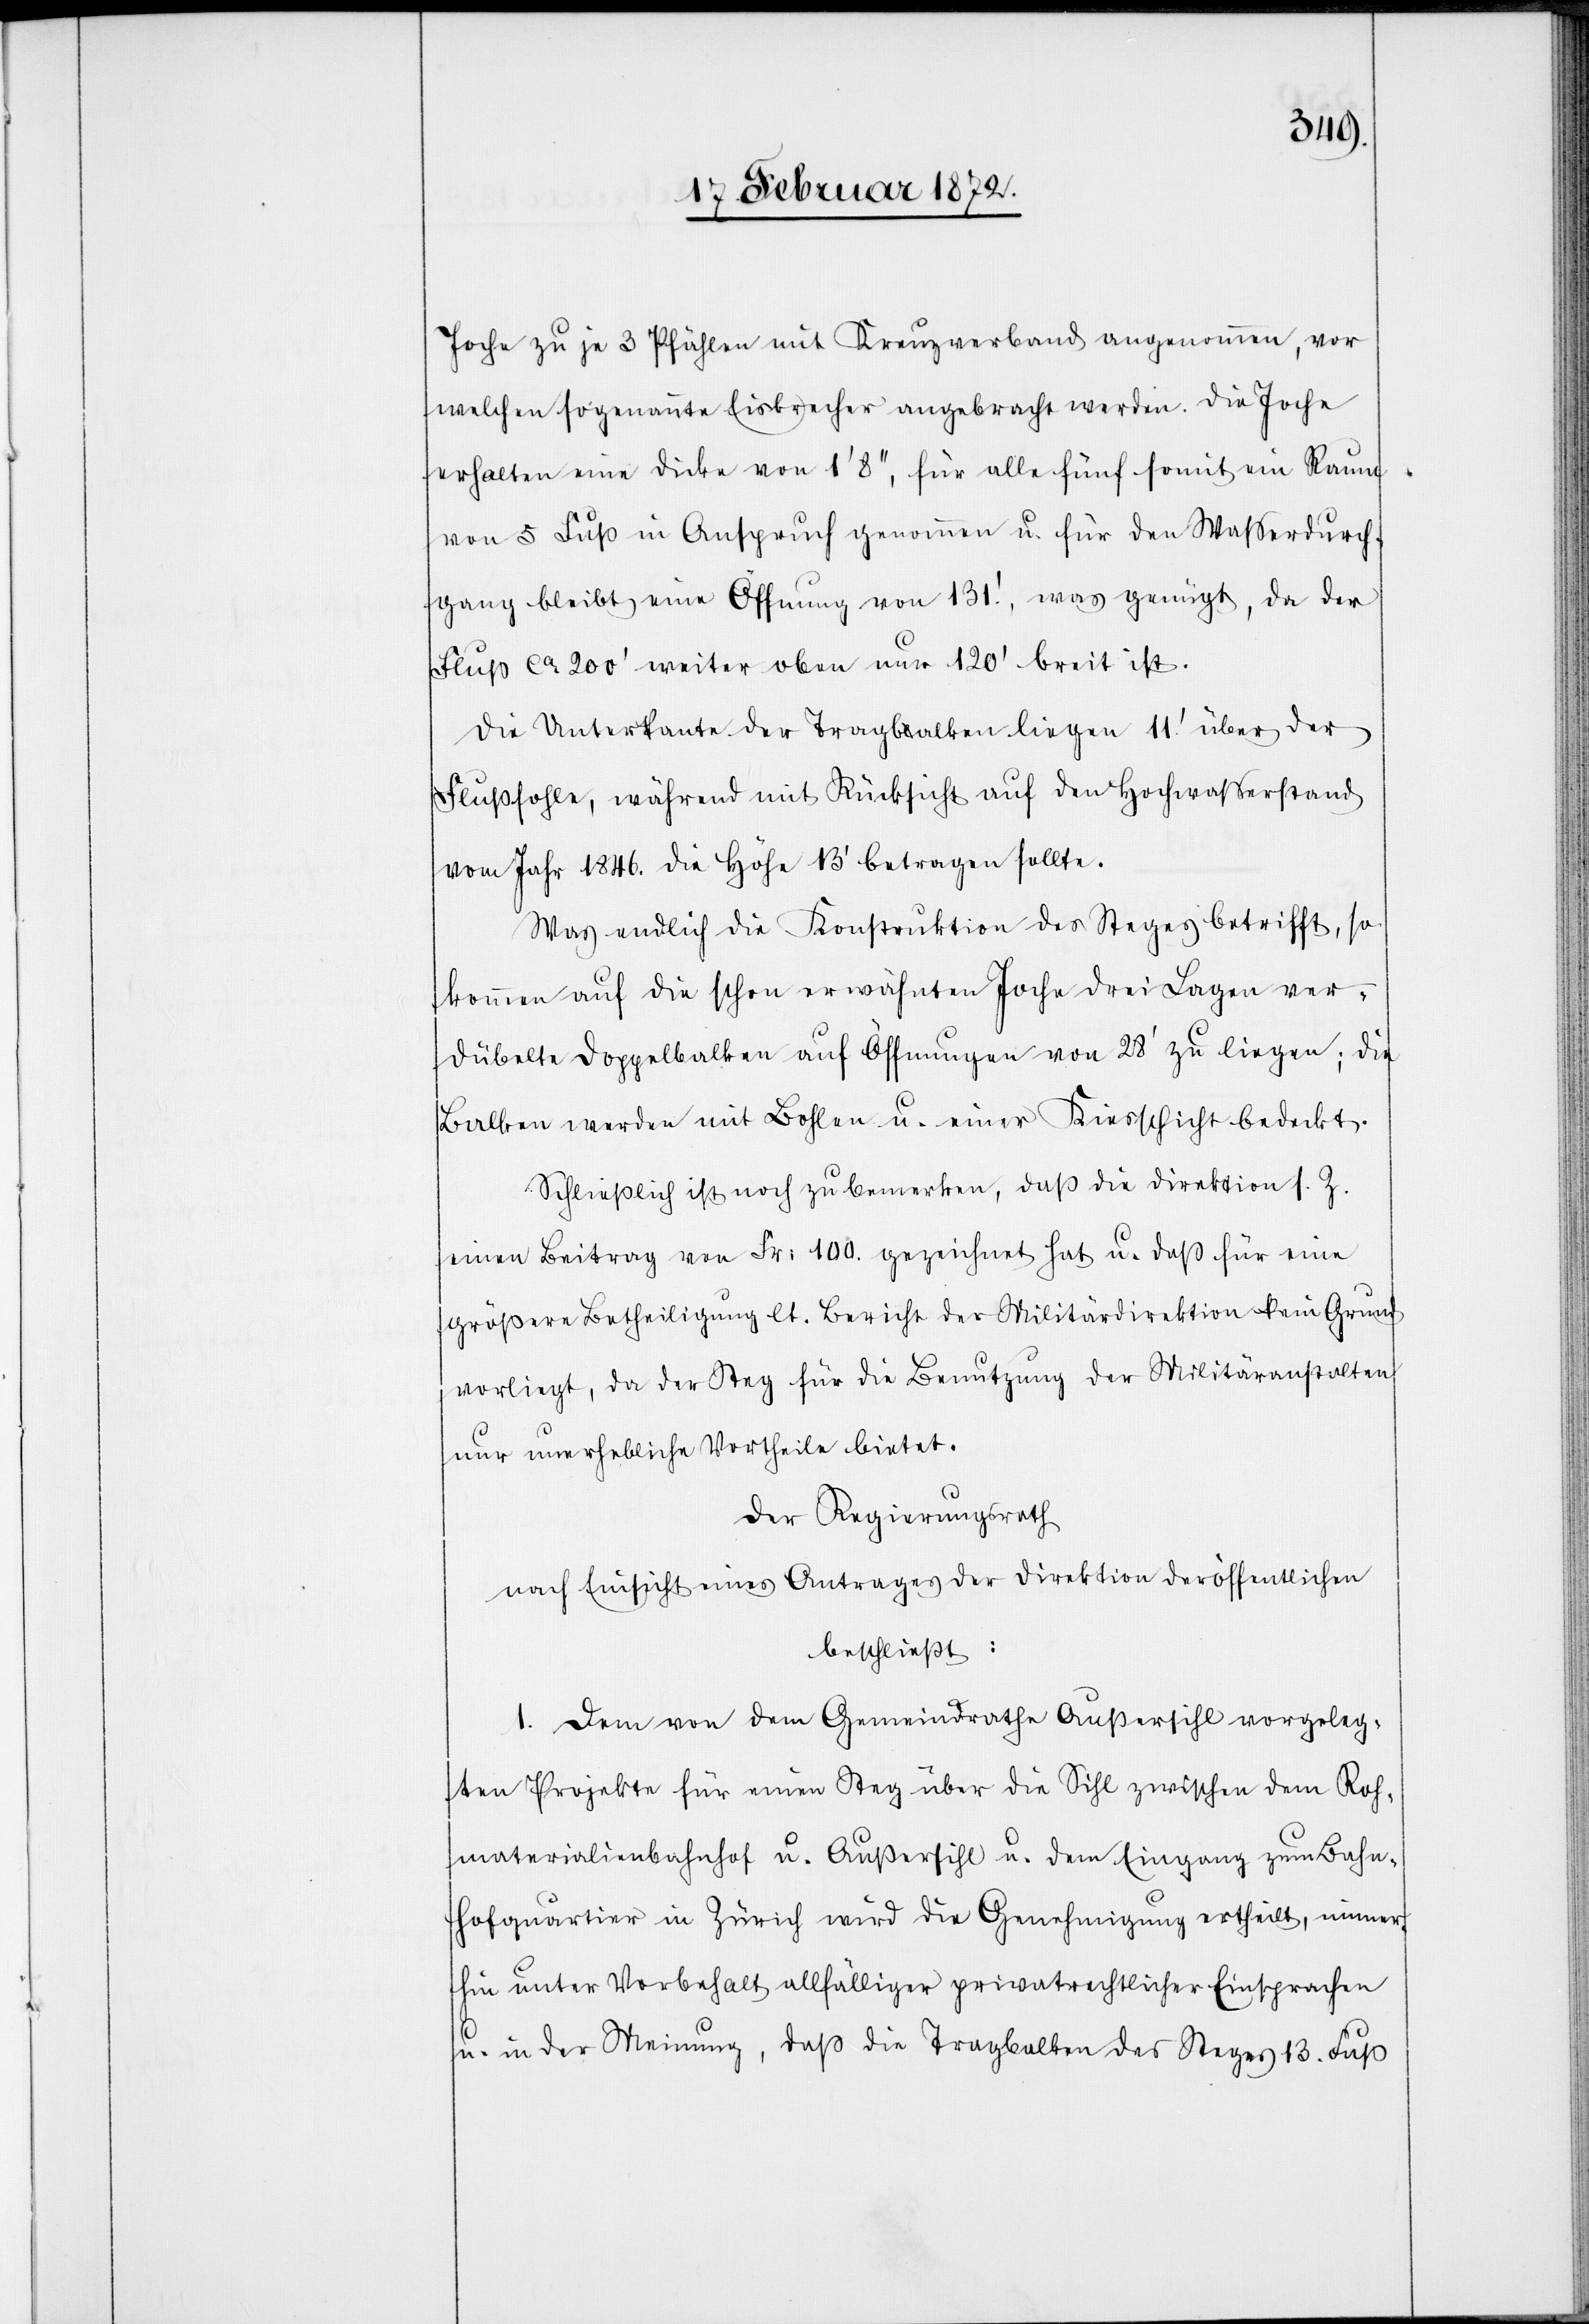
Joche zu je 3 Pfählen mit Kreuzverband angenommen, vor
welchen sogenannte Eisbrecher angebracht werden. Die Joche
erhalten eine Dicke von 1’8’’, für alle fünf somit ein Raum
vom 5 Fuß in Anspruch genommen u. für den Wasserdurch¬
gang bleibt eine Öffnung von 131’, was genügt, da der
Fluß ca 200’ weiter oben nur 120’ breit ist.
Die Unterkante der Tragbalken liegen 11’ über der
Flußsohle, während mit Rücksicht auf den Hochwasserstand
vom Jahr 1846. die Höhe 13’ betragen sollte.
Was endlich die Konstruktion des Steges betrifft, so
kommen auf die schon erwähnten Joche drei Lagen ver¬
dübelte Doppelbalken auf Öffnungen von 28’ zu liegen; die
Balken werden mit Bohlen u. einer Kiesschicht bedeckt.
Schließlich ist noch zu bemerken, daß die Direktion s. Z.
einen Beitrag von Fr. 100. gezeichnet hat u. daß für eine
größere Betheiligung lt. Bericht der Militärdirektion kein Grund
vorliegt, da der Steg für die Benutzung der Militäranstalten
nur unerhebliche Vortheile bietet.
Der Regierungsrath
nach Einsicht eines Antrages der Direktion der öffentlichen
beschließt:
1. Dem von dem Gemeindrathe Außersihl vorgeleg¬
ten Projekte für einen Steg über die Sihl zwischen dem Roh¬
materialienbahnhof u. Außersihl u. dem Eingang zum Bahn¬
hofquartier in Zürich wird die Genehmigung ertheilt, immer¬
hin unter Vorbehalt allfälliger privatrechtlicher Einsprachen
u. in der Meinung, daß die Tragbalken des Steges 13. Fuß